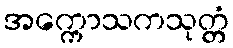
အက္ကောသကသုတ္တံ